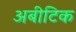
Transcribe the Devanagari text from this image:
अबीटिक